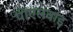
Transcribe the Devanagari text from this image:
पीएसवाइ